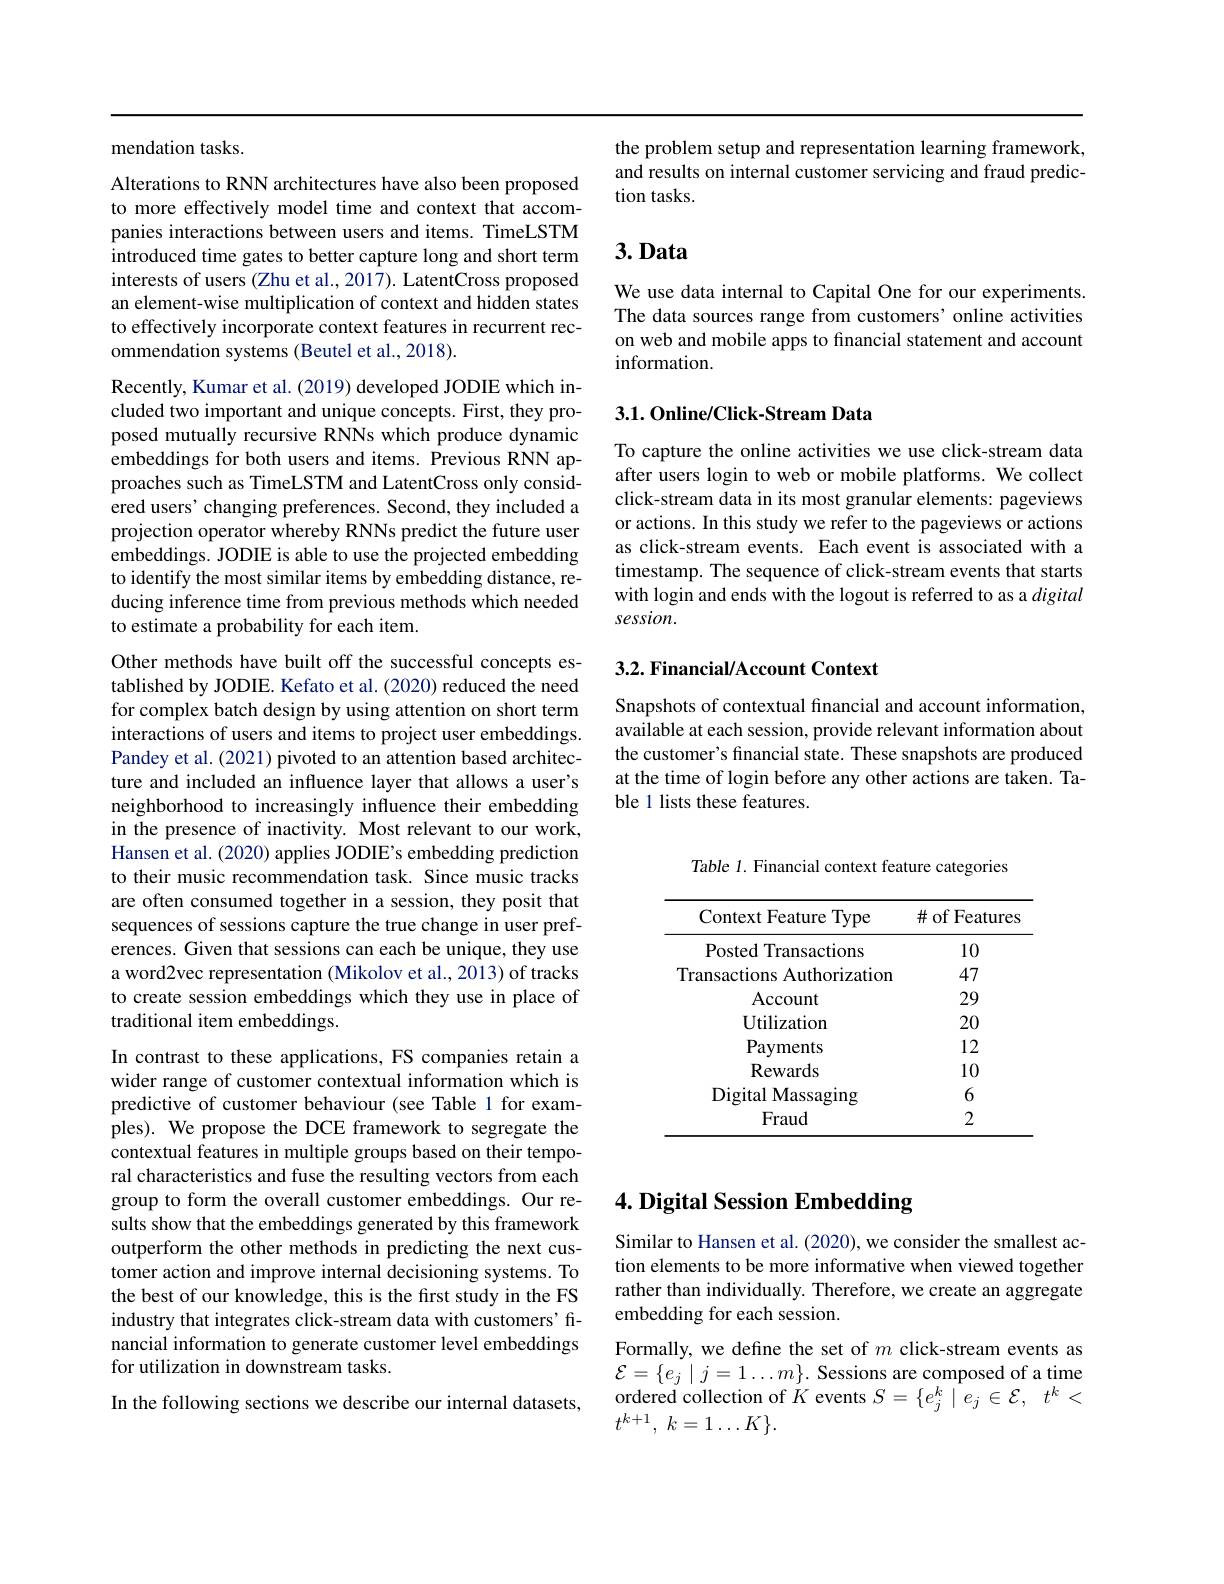
mendation tasks.

Alterations to RNN architectures have also been proposed to more effectively model time and context that accompanies interactions between users and items. TimeLSTM introduced time gates to better capture long and short term interests of users (Zhu et al., 2017). LatentCross proposed an element-wise multiplication of context and hidden states to effectively incorporate context features in recurrent recommendation systems (Beutel et al., 2018).

Recently, Kumar et al. (2019) developed JODIE which included two important and unique concepts. First, they proposed mutually recursive RNNs which produce dynamic embeddings for both users and items. Previous RNN approaches such as TimeLSTM and LatentCross only considered users' changing preferences. Second, they included a projection operator whereby RNNs predict the future user embeddings. JODIE is able to use the projected embedding to identify the most similar items by embedding distance, reducing inference time from previous methods which needed to estimate a probability for each item.

Other methods have built off the successful concepts established by JODIE. Kefato et al. (2020) reduced the need for complex batch design by using attention on short term interactions of users and items to project user embeddings. Pandey et al. (2021) pivoted to an attention based architecture and included an influence layer that allows a user's neighborhood to increasingly influence their embedding in the presence of inactivity. Most relevant to our work, Hansen et al. (2020) applies JODIE's embedding prediction to their music recommendation task. Since music tracks are often consumed together in a session, they posit that sequences of sessions capture the true change in user preferences. Given that sessions can each be unique, they use a word2vec representation (Mikolov et al., 2013) of tracks to create session embeddings which they use in place of traditional item embeddings.
In contrast to these applications, FS companies retain a wider range of customer contextual information which is predictive of customer behaviour (see Table 1 for examples). We propose the DCE framework to segregate the contextual features in multiple groups based on their temporal characteristics and fuse the resulting vectors from each group to form the overall customer embeddings. Our results show that the embeddings generated by this framework outperform the other methods in predicting the next customer action and improve internal decisioning systems. To the best of our knowledge, this is the first study in the FS industry that integrates click-stream data with customers'financial information to generate customer level embeddings for utilization in downstream tasks.
In the following sections we describe our internal datasets,

the problem setup and representation learning framework, and results on internal customer servicing and fraud prediction tasks.

# $3.Data$

We use data internal to Capital One for our experiments. The data sources range from customers' online activities on web and mobile apps to financial statement and account information

## 3.1. Online/Click-Stream Data

To capture the online activities we use click-stream data after users login to web or mobile platforms. We collect click-stream data in its most granular elements: pageviews or actions. In this study we refer to the pageviews or actions as click-stream events. Each event is associated with a timestamp. The sequence of click-stream events that starts with login and ends with the logout is referred to as a digital session.

## 3.2. Financial/Account Context

Snapshots of contextual financial and account information, available at each session, provide relevant information about the customer's financial state. These snapshots are produced at the time of login before any other actions are taken. Table 1 lists these features.

Table 1. Financial context feature categories

<table>
	<tbody>
		<tr>
			<th>Context Feature Type</th>
			<th>$\#$ of Features</th>
		</tr>
		<tr>
			<td>Posted Transactions</td>
			<td>10</td>
		</tr>
		<tr>
			<td>Transactions Authorization</td>
			<td>47</td>
		</tr>
		<tr>
			<td>$\operatorname{Account}$</td>
			<td>29</td>
		</tr>
		<tr>
			<td>Utilization</td>
			<td>20</td>
		</tr>
		<tr>
			<td>Payments</td>
			<td>12</td>
		</tr>
		<tr>
			<td>Rewards</td>
			<td>10</td>
		</tr>
		<tr>
			<td>Digital Massaging</td>
			<td>6</td>
		</tr>
		<tr>
			<td>Fraud</td>
			<td>2</td>
		</tr>
	</tbody>
</table>

# 4. Digital Session Embedding

Similar to Hansen et al. (2020), we consider the smallest action elements to be more informative when viewed together rather than individually. Therefore, we create an aggregate embedding for each session.

Formally, we define the set of $m$ click-stream events as ${\mathcal E}=\{e_{j}\mid j=1\ldots m\}.$ Sessions are composed of a time ordered collection of $\dot{K}$ events $S=\{e_j^k\mid e_j\in\mathcal{E},~t^k<$ $t^{k+ 1}$, $k= 1\ldots K\} .$